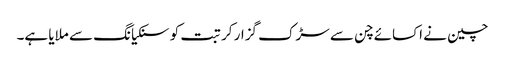
چین نے اکسائے چن سے سڑک گزار کر تبت کو سنکیانگ سے ملایا ہے۔